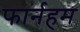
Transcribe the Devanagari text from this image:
फार्नहम